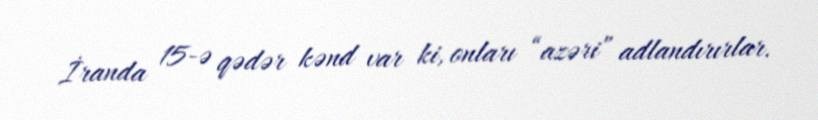
İranda 15-ə qədər kənd var ki, onları “azəri” adlandırırlar.